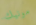
مونيك